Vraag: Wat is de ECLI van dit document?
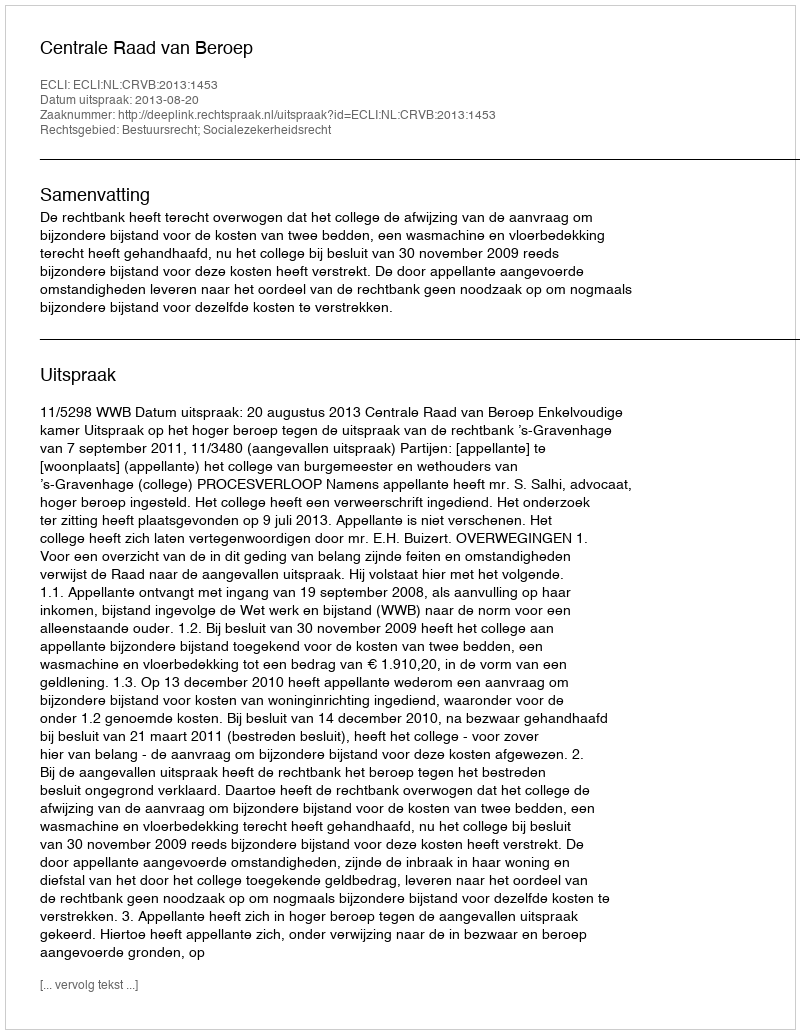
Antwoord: ECLI:NL:CRVB:2013:1453